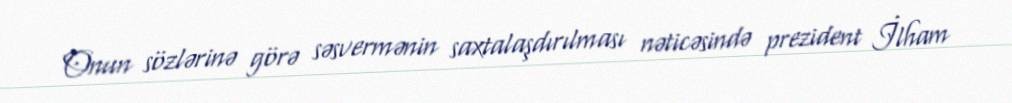
Onun sözlərinə görə səsvermənin saxtalaşdırılması nəticəsində prezident İlham